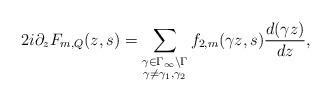
LaTeX: \begin{align*}2i\partial_z F_{m,Q}(z,s) = \sum_{\substack{\gamma\in \Gamma_\infty \backslash \Gamma \\ \gamma \neq \gamma_1,\gamma_2}} f_{2,m}(\gamma z,s) \frac{d(\gamma z)}{dz},\end{align*}